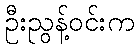
ဦးညွန့်ဝင်းက